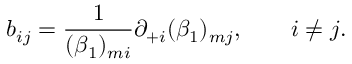
b _ { i j } = \frac { 1 } { ( \beta _ { 1 } ) _ { m i } } \partial _ { + i } ( \beta _ { 1 } ) _ { m j } , \qquad i \ne j .